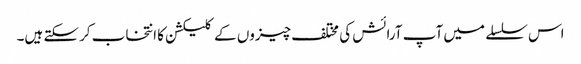
اس سلسلے میں آپ آرائش کی مختلف چیزوں کے کلیکشن کا انتخاب کرسکتے ہیں۔